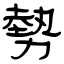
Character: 勢